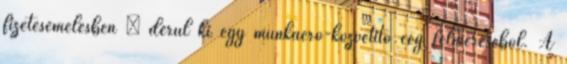
fizetésemelésben – derül ki egy munkaerő-közvetítő cég felméréséből. A